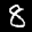
Label: 8